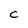
Character: C